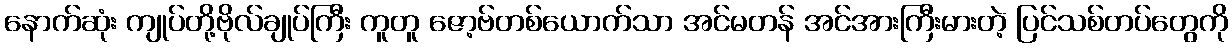
နောက်ဆုံး ကျုပ်တို့ဗိုလ်ချုပ်ကြီး ကူတူ ဇော့ဗ်တစ်ယောက်သာ အင်မတန် အင်အားကြီးမားတဲ့ ပြင်သစ်တပ်တွေကို